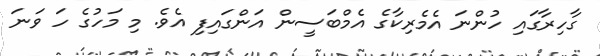
ގާހިރާގައި ހުންނަ އެމެރިކާގެ އެމްބަސީން އަންގައިފި އެވެ. މި މަހުގެ ހަ ވަނަ